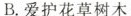
B.爱护花草树木